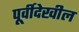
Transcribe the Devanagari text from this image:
पूर्वीदेखील